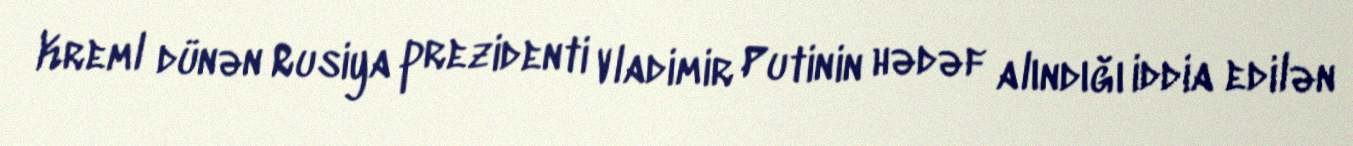
Kreml dünən Rusiya prezidenti Vladimir Putinin hədəf alındığı iddia edilən